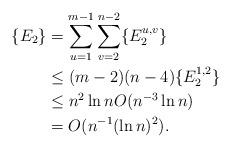
LaTeX: \begin{align*}\{E_2\}&=\sum_{u=1}^{m-1}\sum_{v=2}^{n-2}\{E_2^{u,v}\}\\ &\leq (m-2)(n-4)\{E_2^{1,2}\}\\ &\leq n^2\ln n O(n^{-3}\ln n)\\ &=O(n^{-1}(\ln n)^2).\end{align*}